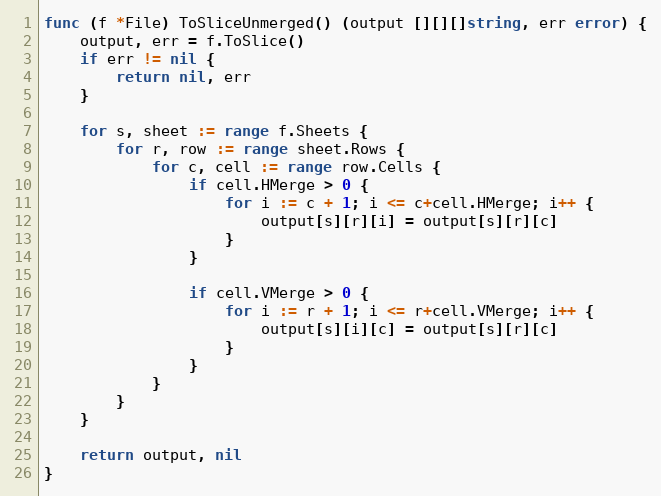
Language: Go
func (f *File) ToSliceUnmerged() (output [][][]string, err error) {
	output, err = f.ToSlice()
	if err != nil {
		return nil, err
	}

	for s, sheet := range f.Sheets {
		for r, row := range sheet.Rows {
			for c, cell := range row.Cells {
				if cell.HMerge > 0 {
					for i := c + 1; i <= c+cell.HMerge; i++ {
						output[s][r][i] = output[s][r][c]
					}
				}

				if cell.VMerge > 0 {
					for i := r + 1; i <= r+cell.VMerge; i++ {
						output[s][i][c] = output[s][r][c]
					}
				}
			}
		}
	}

	return output, nil
}